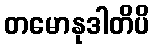
တမောနုဒါတိပိ